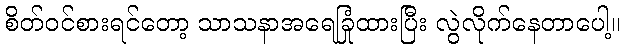
စိတ်ဝင်စားရင်တော့ သာသနာအရေခြုံထားပြီး လွဲလိုက်နေတာပေါ့။